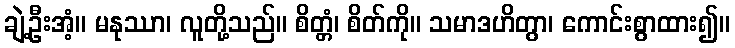
ချဲ့ဦးအံ့။ မနုဿာ၊ လူတို့သည်။ စိတ္တံ၊ စိတ်ကို။ သမာဒဟိတွာ၊ ကောင်းစွာထား၍။